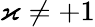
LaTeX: \varkappa\neq+1